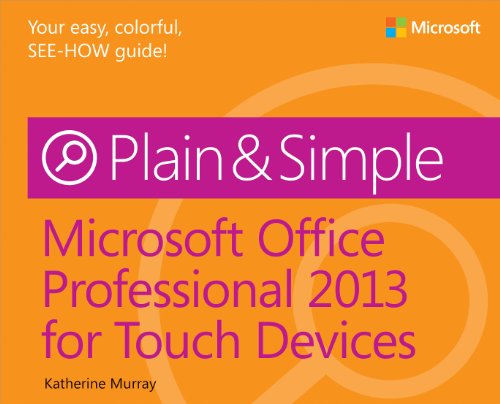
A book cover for Microsoft Office Professional 2013 for Touch Devices Plain & Simple; Katherine Murray; Computers & Technology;